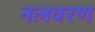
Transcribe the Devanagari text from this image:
नलवरण